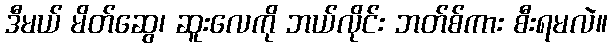
ဒီမယ် မိတ်ဆွေ၊ ဆူးလေကို ဘယ်လိုင်း ဘတ်စ်ကား စီးရမလဲ။